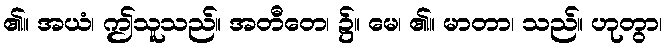
၏။ အယံ၊ ဤသူသည်။ အတီတေ၊ ၌။ မေ၊ ၏။ မာတာ၊ သည်။ ဟုတွာ၊